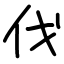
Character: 伐